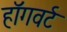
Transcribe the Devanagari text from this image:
हॉगवर्ट